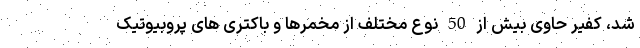
شد، کفیر حاوی بیش از 50 نوع مختلف از مخمرها و باکتری های پروبیوتیک